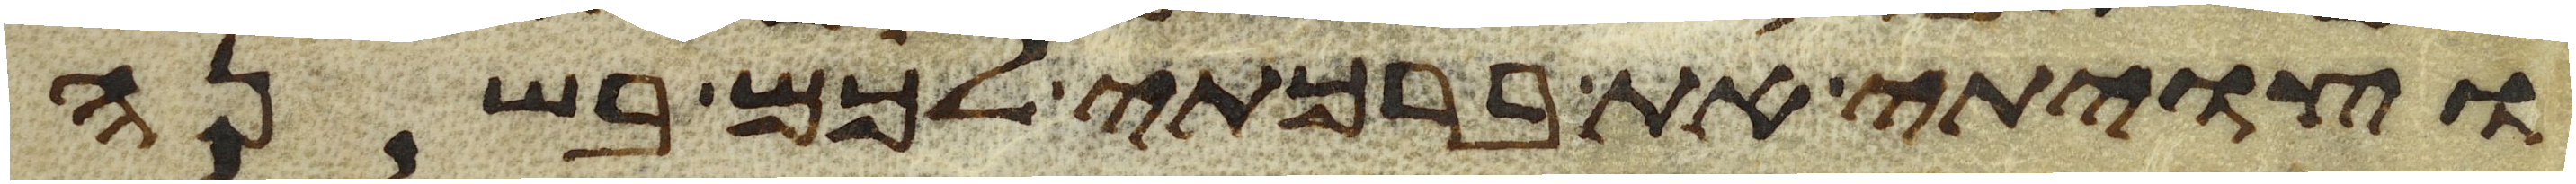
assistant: וצויתי את ברכתי לכם בשנה